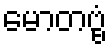
မောတဗ္ဗံ